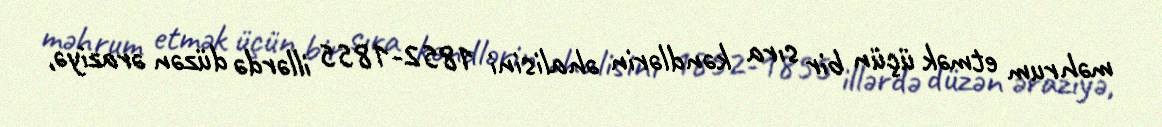
məhrum etmək üçün bir sıra kəndlərin əhalisini 1852-1855 illərdə düzən əraziyə,